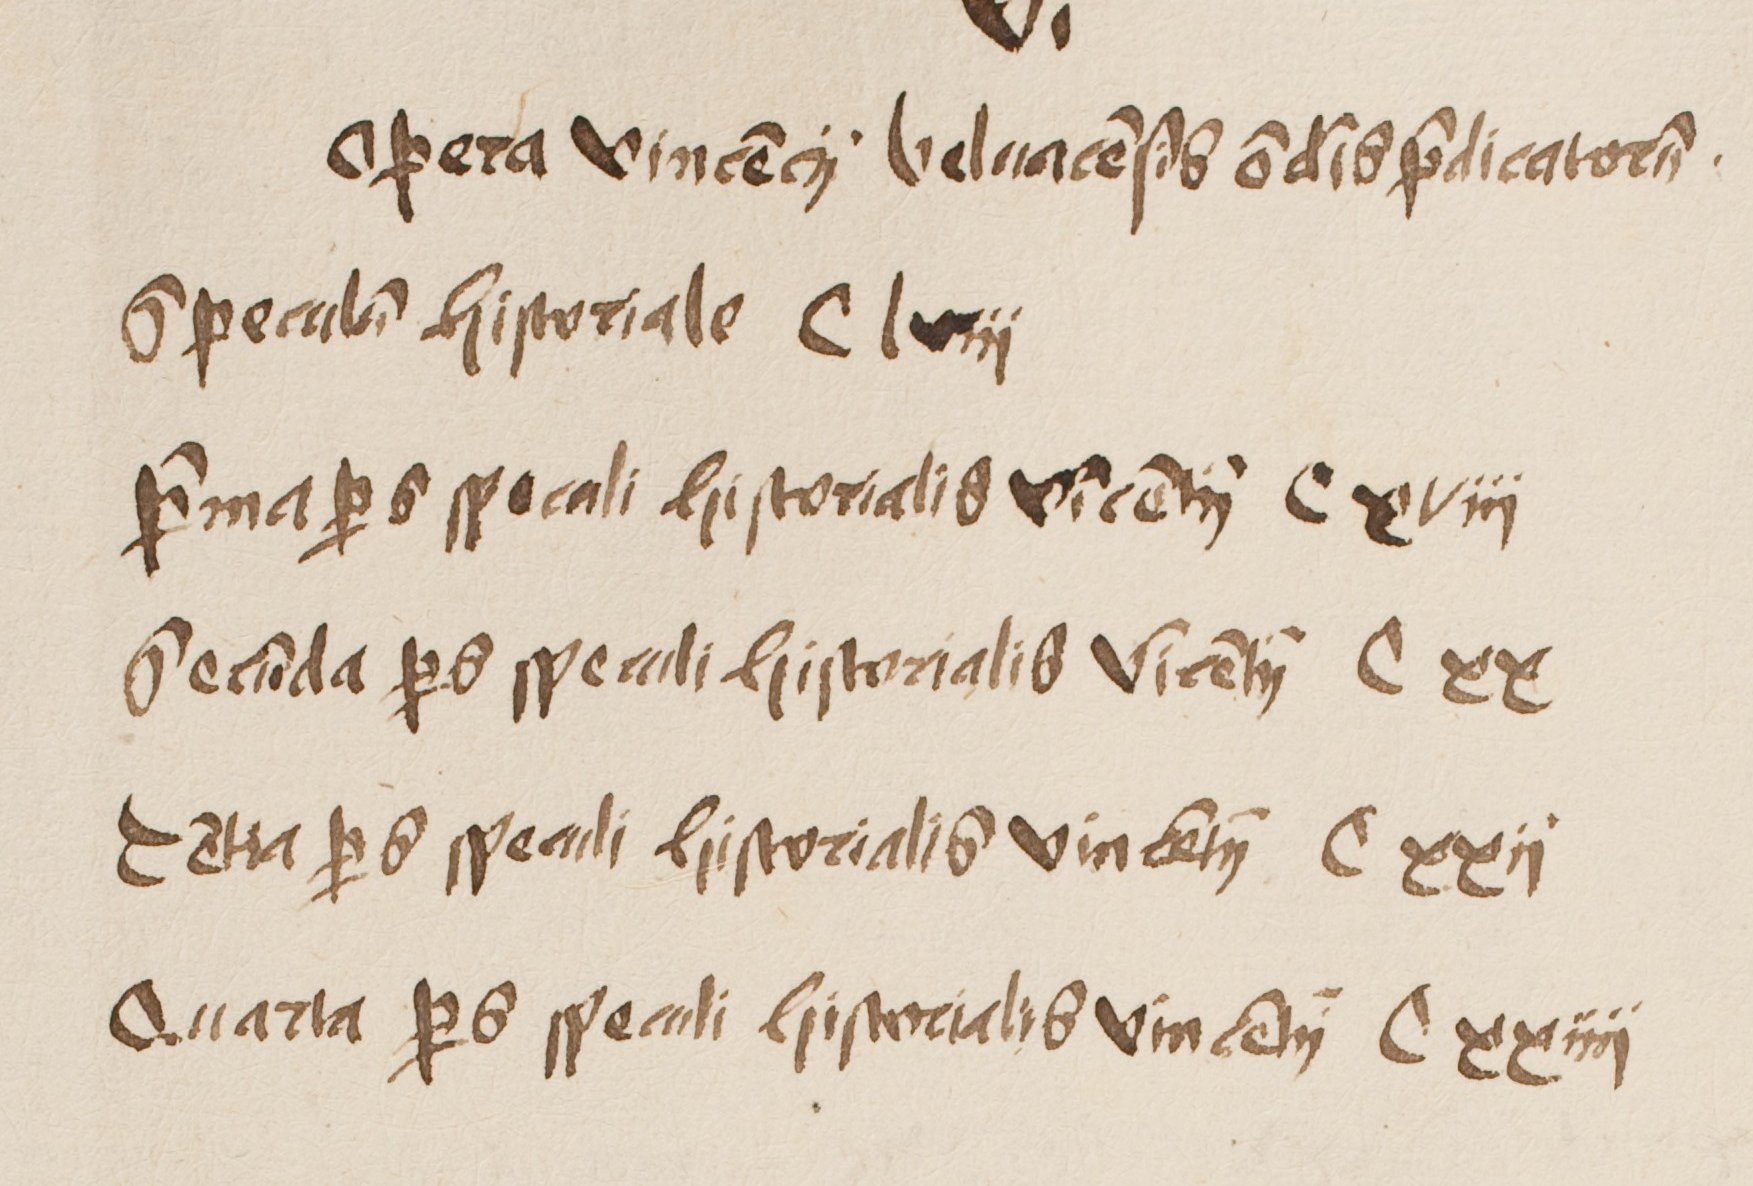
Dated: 1500–1530